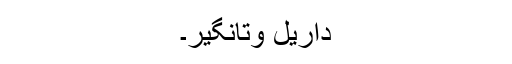
داریل وتانگیر۔